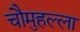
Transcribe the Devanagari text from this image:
चौमुहल्ला